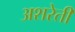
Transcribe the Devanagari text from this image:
अशरेती